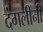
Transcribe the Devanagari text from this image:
दंगलींनी